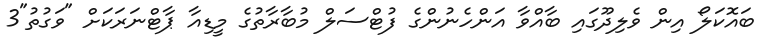
ބައޮކަލޯ އިން ވެލިދޫގައި ބާއްވާ އަންހެނުންގެ ފުޓްސަލް މުބާރާތުގެ މީޑިއާ ޕާޓްނަރަކަށް "ވަގުތު"3